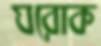
ঘরোক